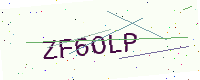
Text: ZF6OLP